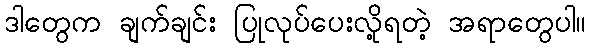
ဒါတွေက ချက်ချင်း ပြုလုပ်ပေးလို့ရတဲ့ အရာတွေပါ။